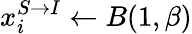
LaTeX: x_{i}^{S\rightarrow I}\leftarrow B(1,\beta)